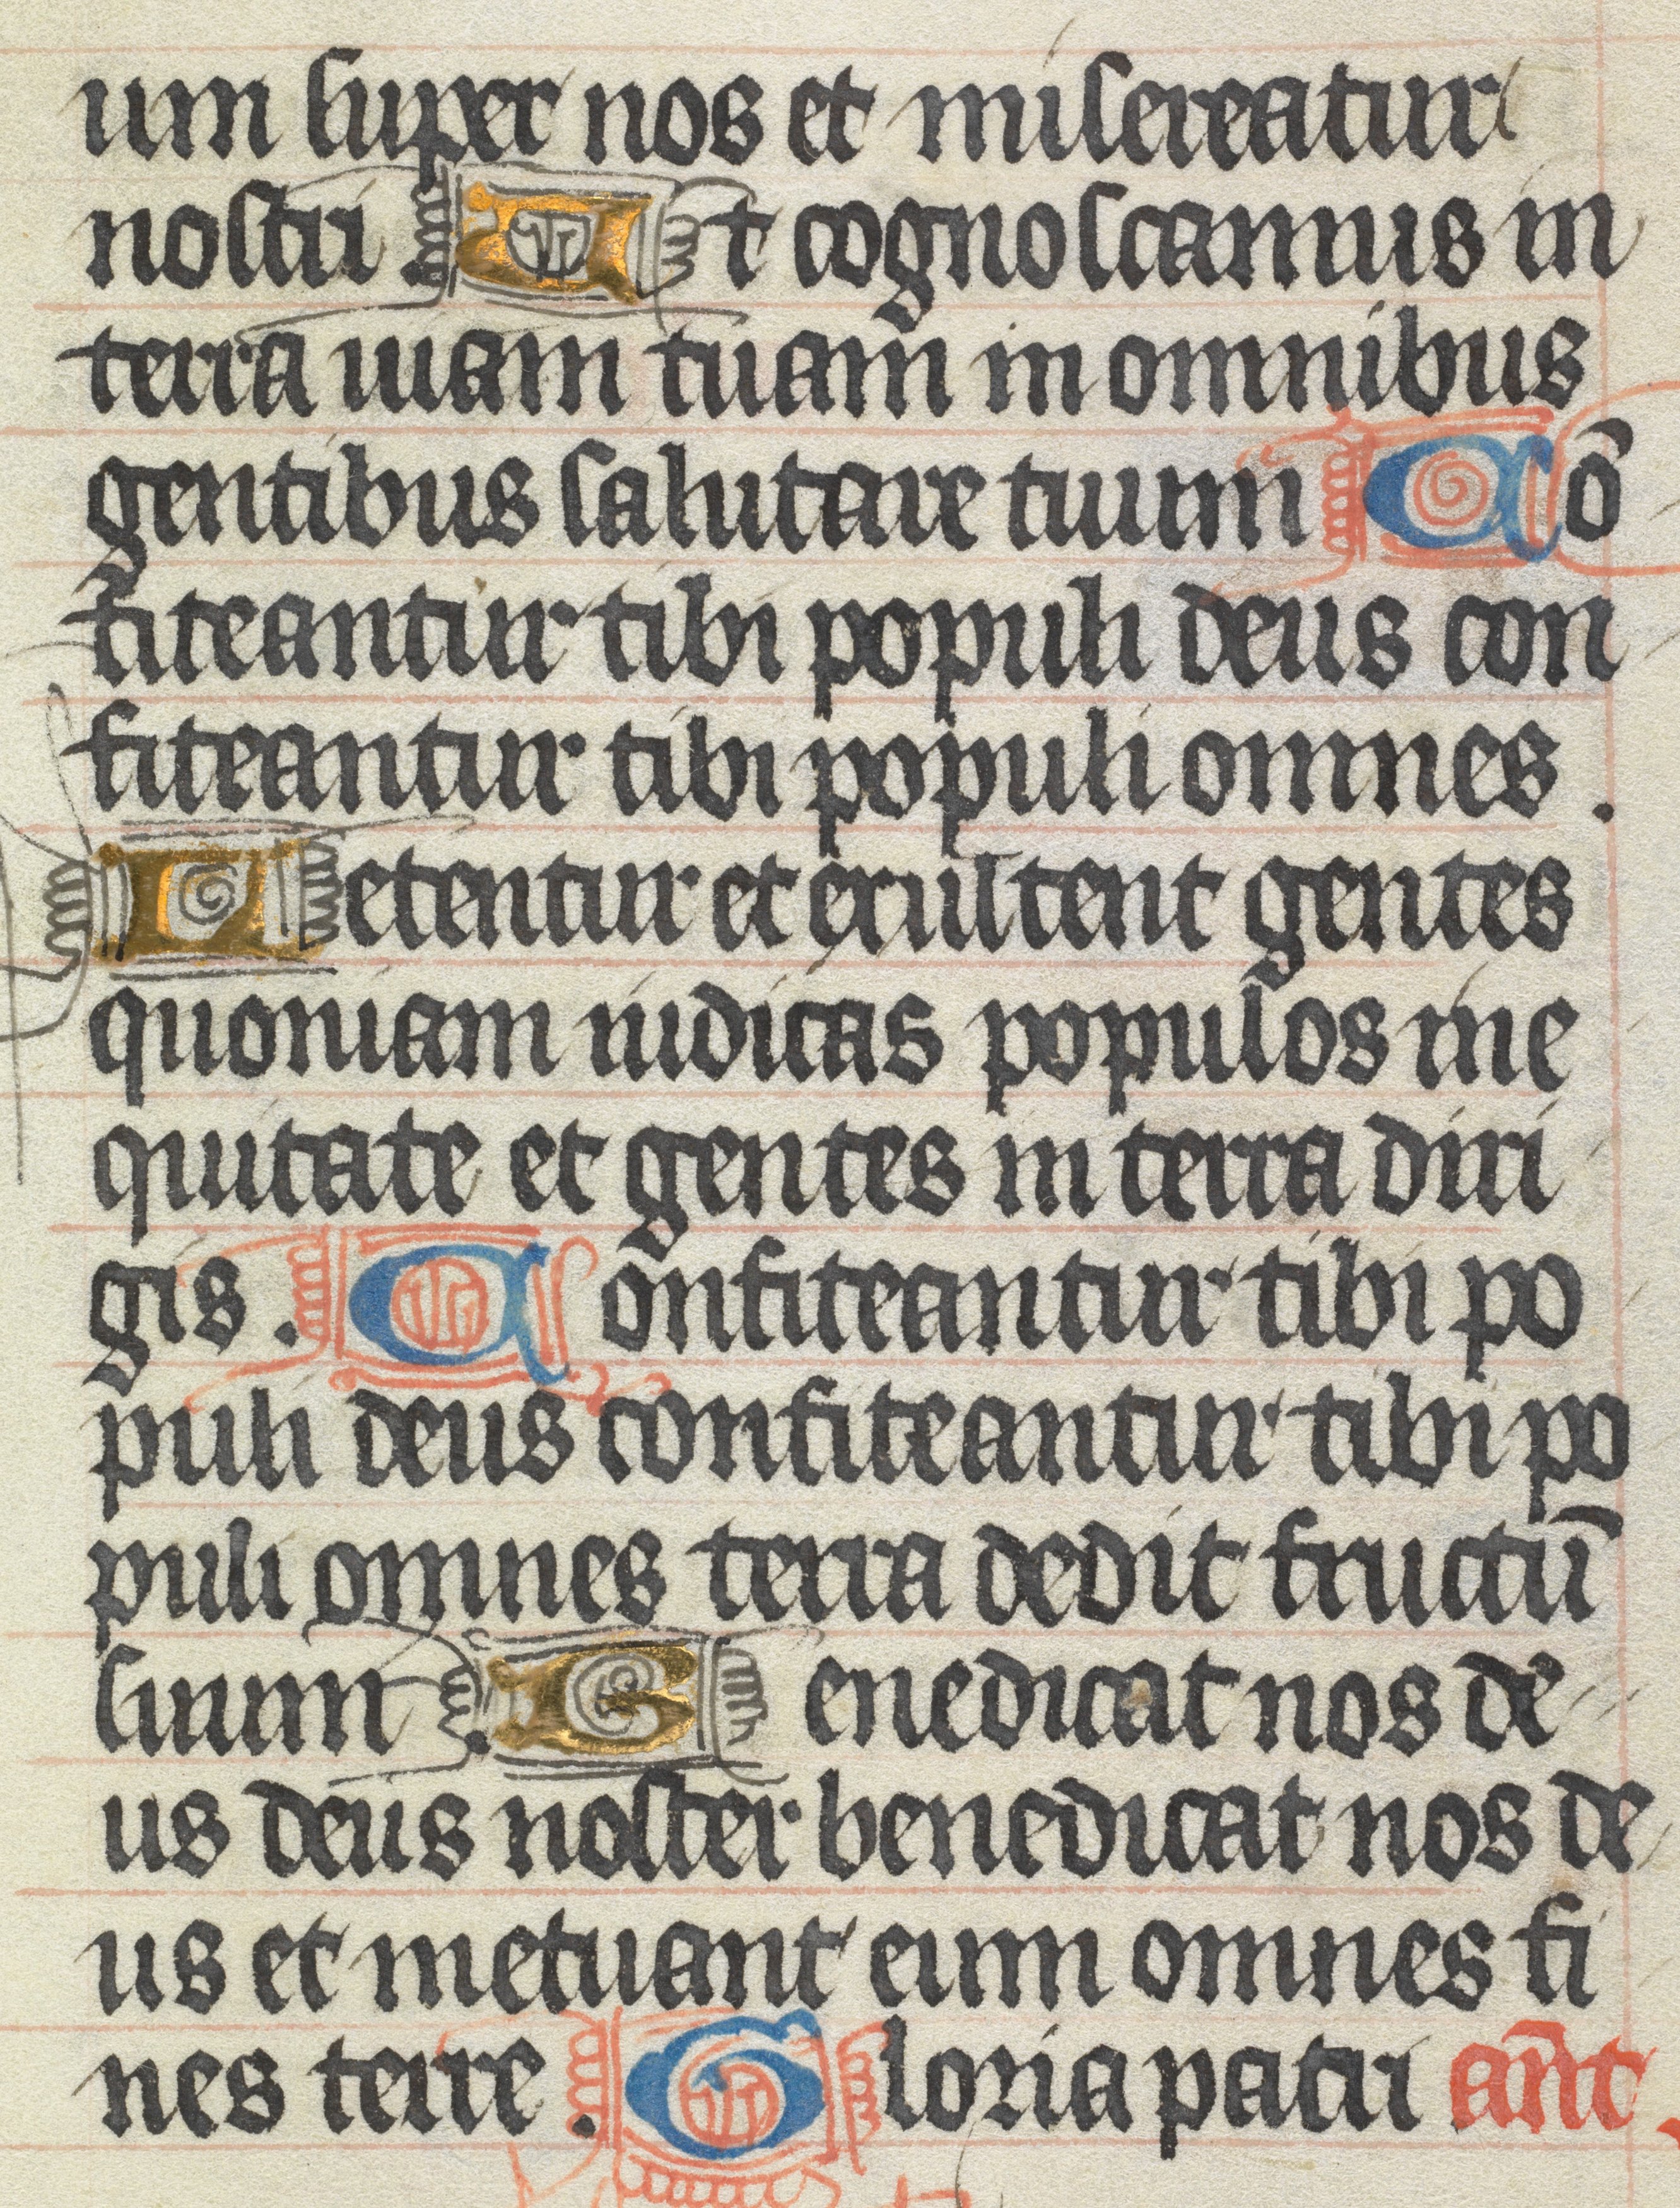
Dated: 1400–1499